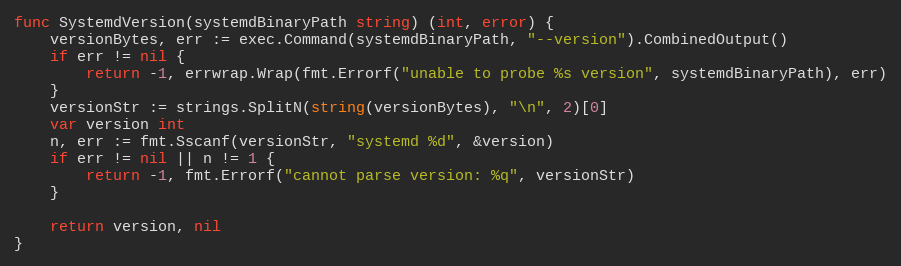
Language: Go
func SystemdVersion(systemdBinaryPath string) (int, error) {
	versionBytes, err := exec.Command(systemdBinaryPath, "--version").CombinedOutput()
	if err != nil {
		return -1, errwrap.Wrap(fmt.Errorf("unable to probe %s version", systemdBinaryPath), err)
	}
	versionStr := strings.SplitN(string(versionBytes), "\n", 2)[0]
	var version int
	n, err := fmt.Sscanf(versionStr, "systemd %d", &version)
	if err != nil || n != 1 {
		return -1, fmt.Errorf("cannot parse version: %q", versionStr)
	}

	return version, nil
}